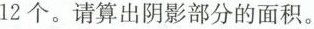
12个。请算出阴影部分的面积。